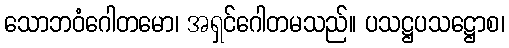
သောဘဝံဂေါတမော၊ အရှင်ဂေါတမသည်။ ပသဋ္ဌပသဋ္ဌောစ၊